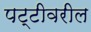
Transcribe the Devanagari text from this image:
पट्टीवरील